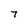
Character: 7